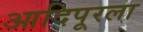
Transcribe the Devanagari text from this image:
आदिपूरला